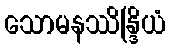
သောမနဿိန္ဒြိယံ